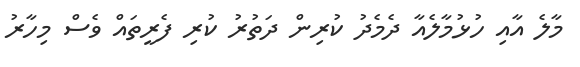
މާލެ އާއި ހުޅުމާލެއާ ދެމެދު ކުރިން ދަތުރު ކުރި ފެރީތައް ވެސް މިހާރު